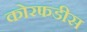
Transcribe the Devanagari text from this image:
कोरफडीस